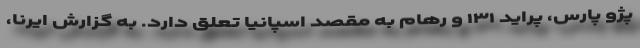
پژو پارس، پراید ۱۳۱ و رهام به مقصد اسپانیا تعلق دارد. به گزارش ایرنا،